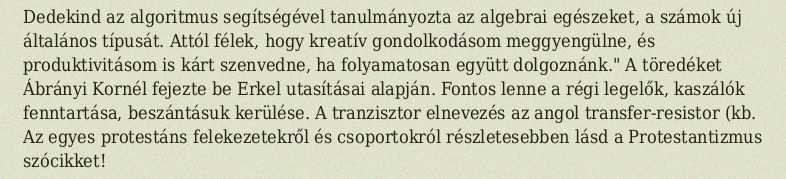
Dedekind az algoritmus segítségével tanulmányozta az algebrai egészeket, a számok új általános típusát. Attól félek, hogy kreatív gondolkodásom meggyengülne, és produktivitásom is kárt szenvedne, ha folyamatosan együtt dolgoznánk." A töredéket Ábrányi Kornél fejezte be Erkel utasításai alapján. Fontos lenne a régi legelők, kaszálók fenntartása, beszántásuk kerülése. A tranzisztor elnevezés az angol transfer-resistor (kb. Az egyes protestáns felekezetekről és csoportokról részletesebben lásd a Protestantizmus szócikket!